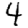
Digit: 4